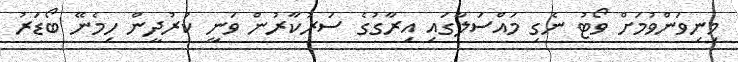
މިނިވަންވުމަށް ވޯޓު ނެގި މައްސަލާގައި އިރާގުގެ ސަރުކާރުން ވަނީ ކުރުދީން ހިމެނޭ ބޯޑަރު